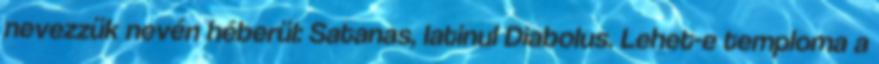
nevezzük nevén héberül: Sata­nas, latinul Diabolus. Lehet-e temploma a